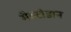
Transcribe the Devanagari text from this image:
मैस्टोडान